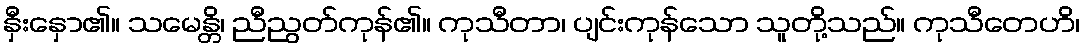
နှီးနှော၏။ သမေန္တိ၊ ညီညွတ်ကုန်၏။ ကုသီတာ၊ ပျင်းကုန်သော သူတို့သည်။ ကုသီတေဟိ၊